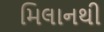
મિલાનથી